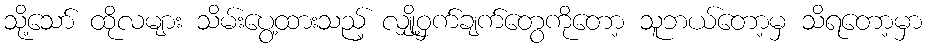
သို့သော် ထိုလများ သိမ်းပွေ့ထားသည့် လျှို့ဝှက်ချက်တွေကိုတော့ သူဘယ်တော့မှ သိရတော့မှာ